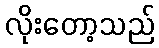
လိုးတော့သည်